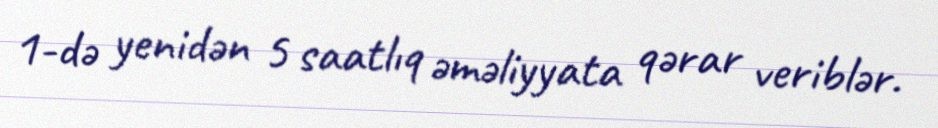
1-də yenidən 5 saatlıq əməliyyata qərar veriblər.